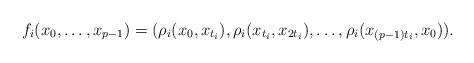
LaTeX: \begin{align*} f_i(x_0,\ldots,x_{p-1})=(\rho_i(x_0,x_{t_i}), \rho_i(x_{t_i},x_{2t_i}), \ldots, \rho_i(x_{(p-1)t_i},x_0)).\end{align*}